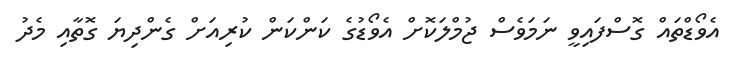
އެވޯޑްތައް ގޮސްފައިވީ ނަމަވެސް ޖުމްލަކޮށް އެވޯޑުގެ ކަންކަން ކުރިއަށް ގެންދިޔަ ގޮތާއި މެދު